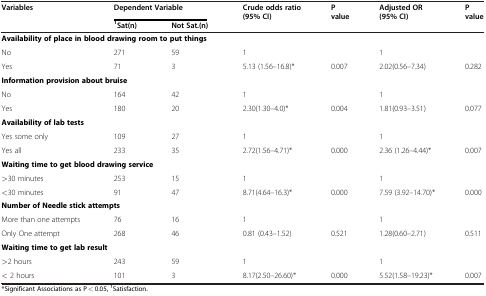
<table><thead><tr><td><b>Variables</b></td><td colspan="2"><b>Dependent Variable</b></td><td><b>Crude odds ratio (95% CI)</b></td><td><b>P value</b></td><td><b>Adjusted OR(95% CI)</b></td><td><b>P value</b></td></tr><tr><td><b> </b></td><td><b> </b></td><td><b>Sat(n)</b></td><td><b>Sat.(n)</b></td><td><b> </b></td><td><b> </b></td><td><b> </b></td><td><b> </b></td></tr></thead><tbody><tr><td colspan="7"><b>Availability of place in blood drawing room to put things</b></td></tr><tr><td>No</td><td>271</td><td>59</td><td>1</td><td> </td><td>1</td><td> </td></tr><tr><td>Yes</td><td>71</td><td>3</td><td>5.13 (1.56–16.8)*</td><td>0.007</td><td>2.02(0.56–7.34)</td><td>0.282</td></tr><tr><td colspan="7"><b>Information provision about bruise</b></td></tr><tr><td>No</td><td>164</td><td>42</td><td>1</td><td> </td><td>1</td><td> </td></tr><tr><td>Yes</td><td>180</td><td>20</td><td>2.30(1.30–4.0)*</td><td>0.004</td><td>1.81(0.93–3.51)</td><td>0.077</td></tr><tr><td><b>Availability of lab tests</b></td><td> </td><td> </td><td> </td><td> </td><td> </td><td> </td></tr><tr><td>Yes some only</td><td>109</td><td>27</td><td>1</td><td> </td><td>1</td><td> </td></tr><tr><td>Yes all</td><td>233</td><td>35</td><td>2.72(1.56–4.71)*</td><td>0.000</td><td>2.36 (1.26–4.44)*</td><td>0.007</td></tr><tr><td colspan="7"><b>Waiting time to get blood drawing service</b></td></tr><tr><td>&gt;30 minutes</td><td>253</td><td>15</td><td>1</td><td> </td><td>1</td><td> </td></tr><tr><td>&lt;30 minutes</td><td>91</td><td>47</td><td>8.71(4.64–16.3)*</td><td>0.000</td><td>7.59 (3.92–14.70)*</td><td>0.000</td></tr><tr><td colspan="7"><b>Number of Needle stick attempts</b></td></tr><tr><td>More than one attempts</td><td>76</td><td>16</td><td>1</td><td> </td><td>1</td><td> </td></tr><tr><td>Only One attempt</td><td>268</td><td>46</td><td>0.81 (0.43–1.52)</td><td>0.521</td><td>1.28(0.60–2.71)</td><td>0.511</td></tr><tr><td colspan="7"><b>Waiting time to get lab result</b></td></tr><tr><td>&gt;2 hours</td><td>243</td><td>59</td><td>1</td><td> </td><td>1</td><td> </td></tr><tr><td>&lt; 2 hours</td><td>101</td><td>3</td><td>8.17(2.50–26.60)*</td><td>0.000</td><td>5.52(1.58–19.23)*</td><td>0.007</td></tr></tbody></table>